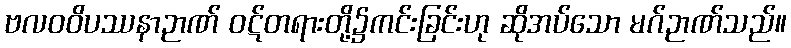
ဗလဝဝိပဿနာဉာဏ် ဝဋ်တရားတို့၌ကင်းခြင်းဟု ဆိုအပ်သော မဂ်ဉာဏ်သည်။